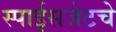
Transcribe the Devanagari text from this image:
स्पाईसजेटचे